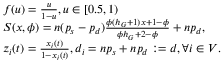
\begin{array} { r l } & { f ( u ) = \frac { u } { 1 - u } , u \in [ 0 . 5 , 1 ) } \\ & { S ( x , \phi ) = n ( p _ { s } - p _ { d } ) \frac { \phi ( h _ { G } + 1 ) x + 1 - \phi } { \phi h _ { G } + 2 - \phi } + n p _ { d } , } \\ & { z _ { i } ( t ) = \frac { x _ { i } ( t ) } { 1 - x _ { i } ( t ) } , d _ { i } = n p _ { s } + n p _ { d } : = d , \forall i \in V . } \end{array}